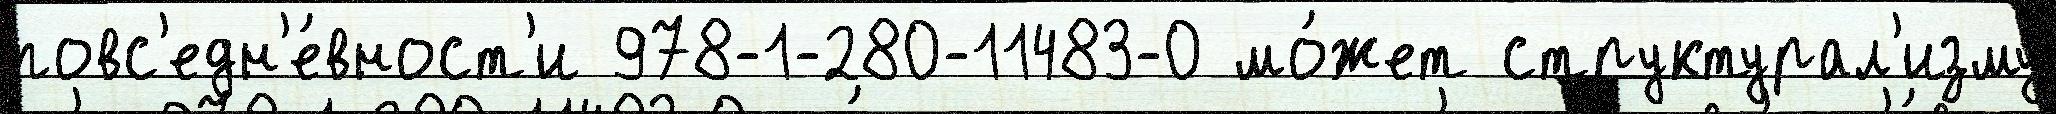
повс'едн'е́вност'и 978-1-280-11483-0 мо́жет структурал'изму